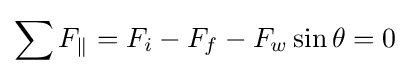
\sum F_{\|}=F_{i}-F_{f}-F_{w}\sin \theta =0